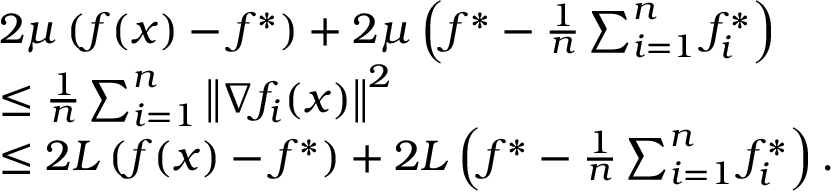
\begin{array} { r l } & { 2 \mu \left( f ( x ) - f ^ { * } \right) + 2 \mu \left( f ^ { * } - \frac { 1 } { n } \sum _ { i = 1 } ^ { n } f _ { i } ^ { * } \right) } \\ & { \leq \frac { 1 } { n } \sum _ { i = 1 } ^ { n } \left\Vert \nabla f _ { i } ( x ) \right\Vert ^ { 2 } } \\ & { \leq 2 L \left( f ( x ) - f ^ { * } \right) + 2 L \left( f ^ { * } - \frac { 1 } { n } \sum _ { i = 1 } ^ { n } f _ { i } ^ { * } \right) . } \end{array}